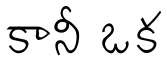
కానీ ఒక